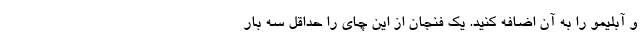
و آبلیمو را به آن اضافه کنید. یک فنجان از این چای را حداقل سه بار